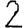
Digit: 2